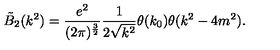
\tilde { B } _ { 2 } ( k ^ { 2 } ) = \frac { e ^ { 2 } } { ( 2 \pi ) ^ { \frac { 3 } { 2 } } } \frac { 1 } { 2 \sqrt { k ^ { 2 } } } \theta ( k _ { 0 } ) \theta ( k ^ { 2 } - 4 m ^ { 2 } ) .